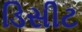
ડિસીટ